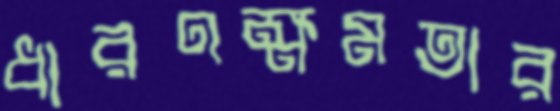
ধারণক্ষমতার